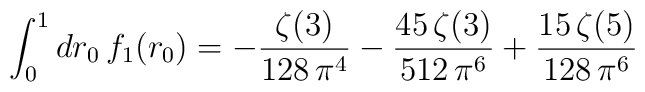
\int_0^1 dr_0\,f_1(r_0)=-\frac{\zeta(3)}{128\,\pi^4 }-\frac{45\,\zeta(3)}{512\,\pi^6 }+\frac{15\,\zeta(5)}{128\,\pi^6}